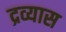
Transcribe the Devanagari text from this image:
द्रव्यास